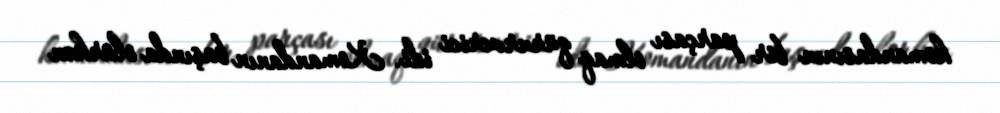
komandasının bir parçası olmaq qürurverici idi. Komandanın başında olarkən